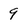
Character: 9